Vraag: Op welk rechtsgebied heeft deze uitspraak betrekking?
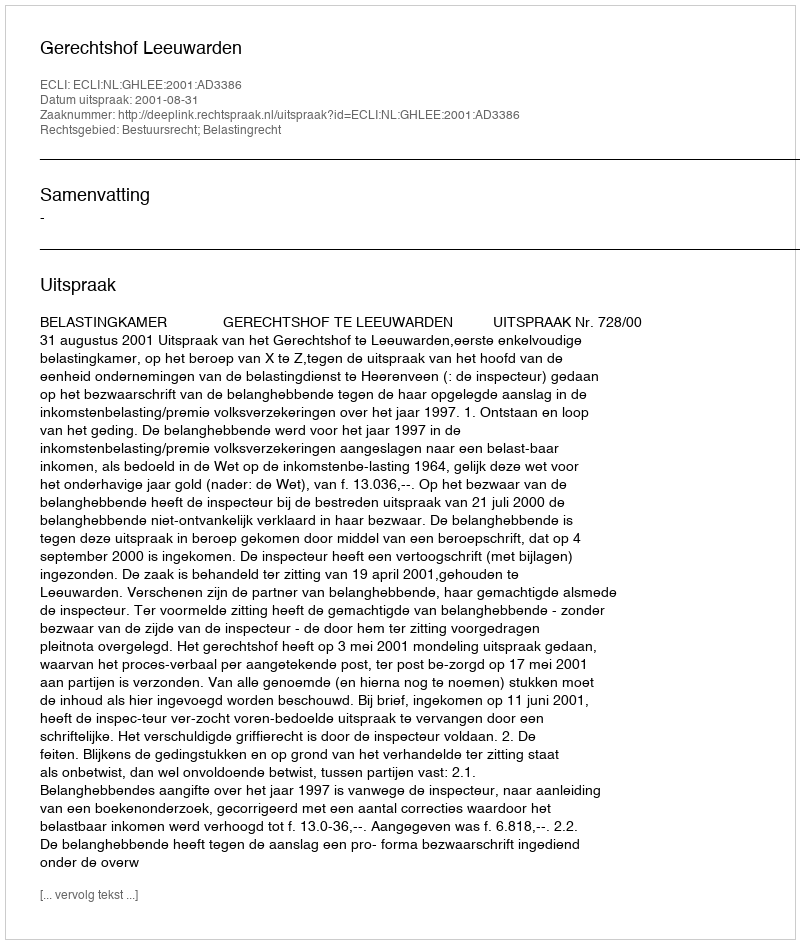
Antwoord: Bestuursrecht; Belastingrecht